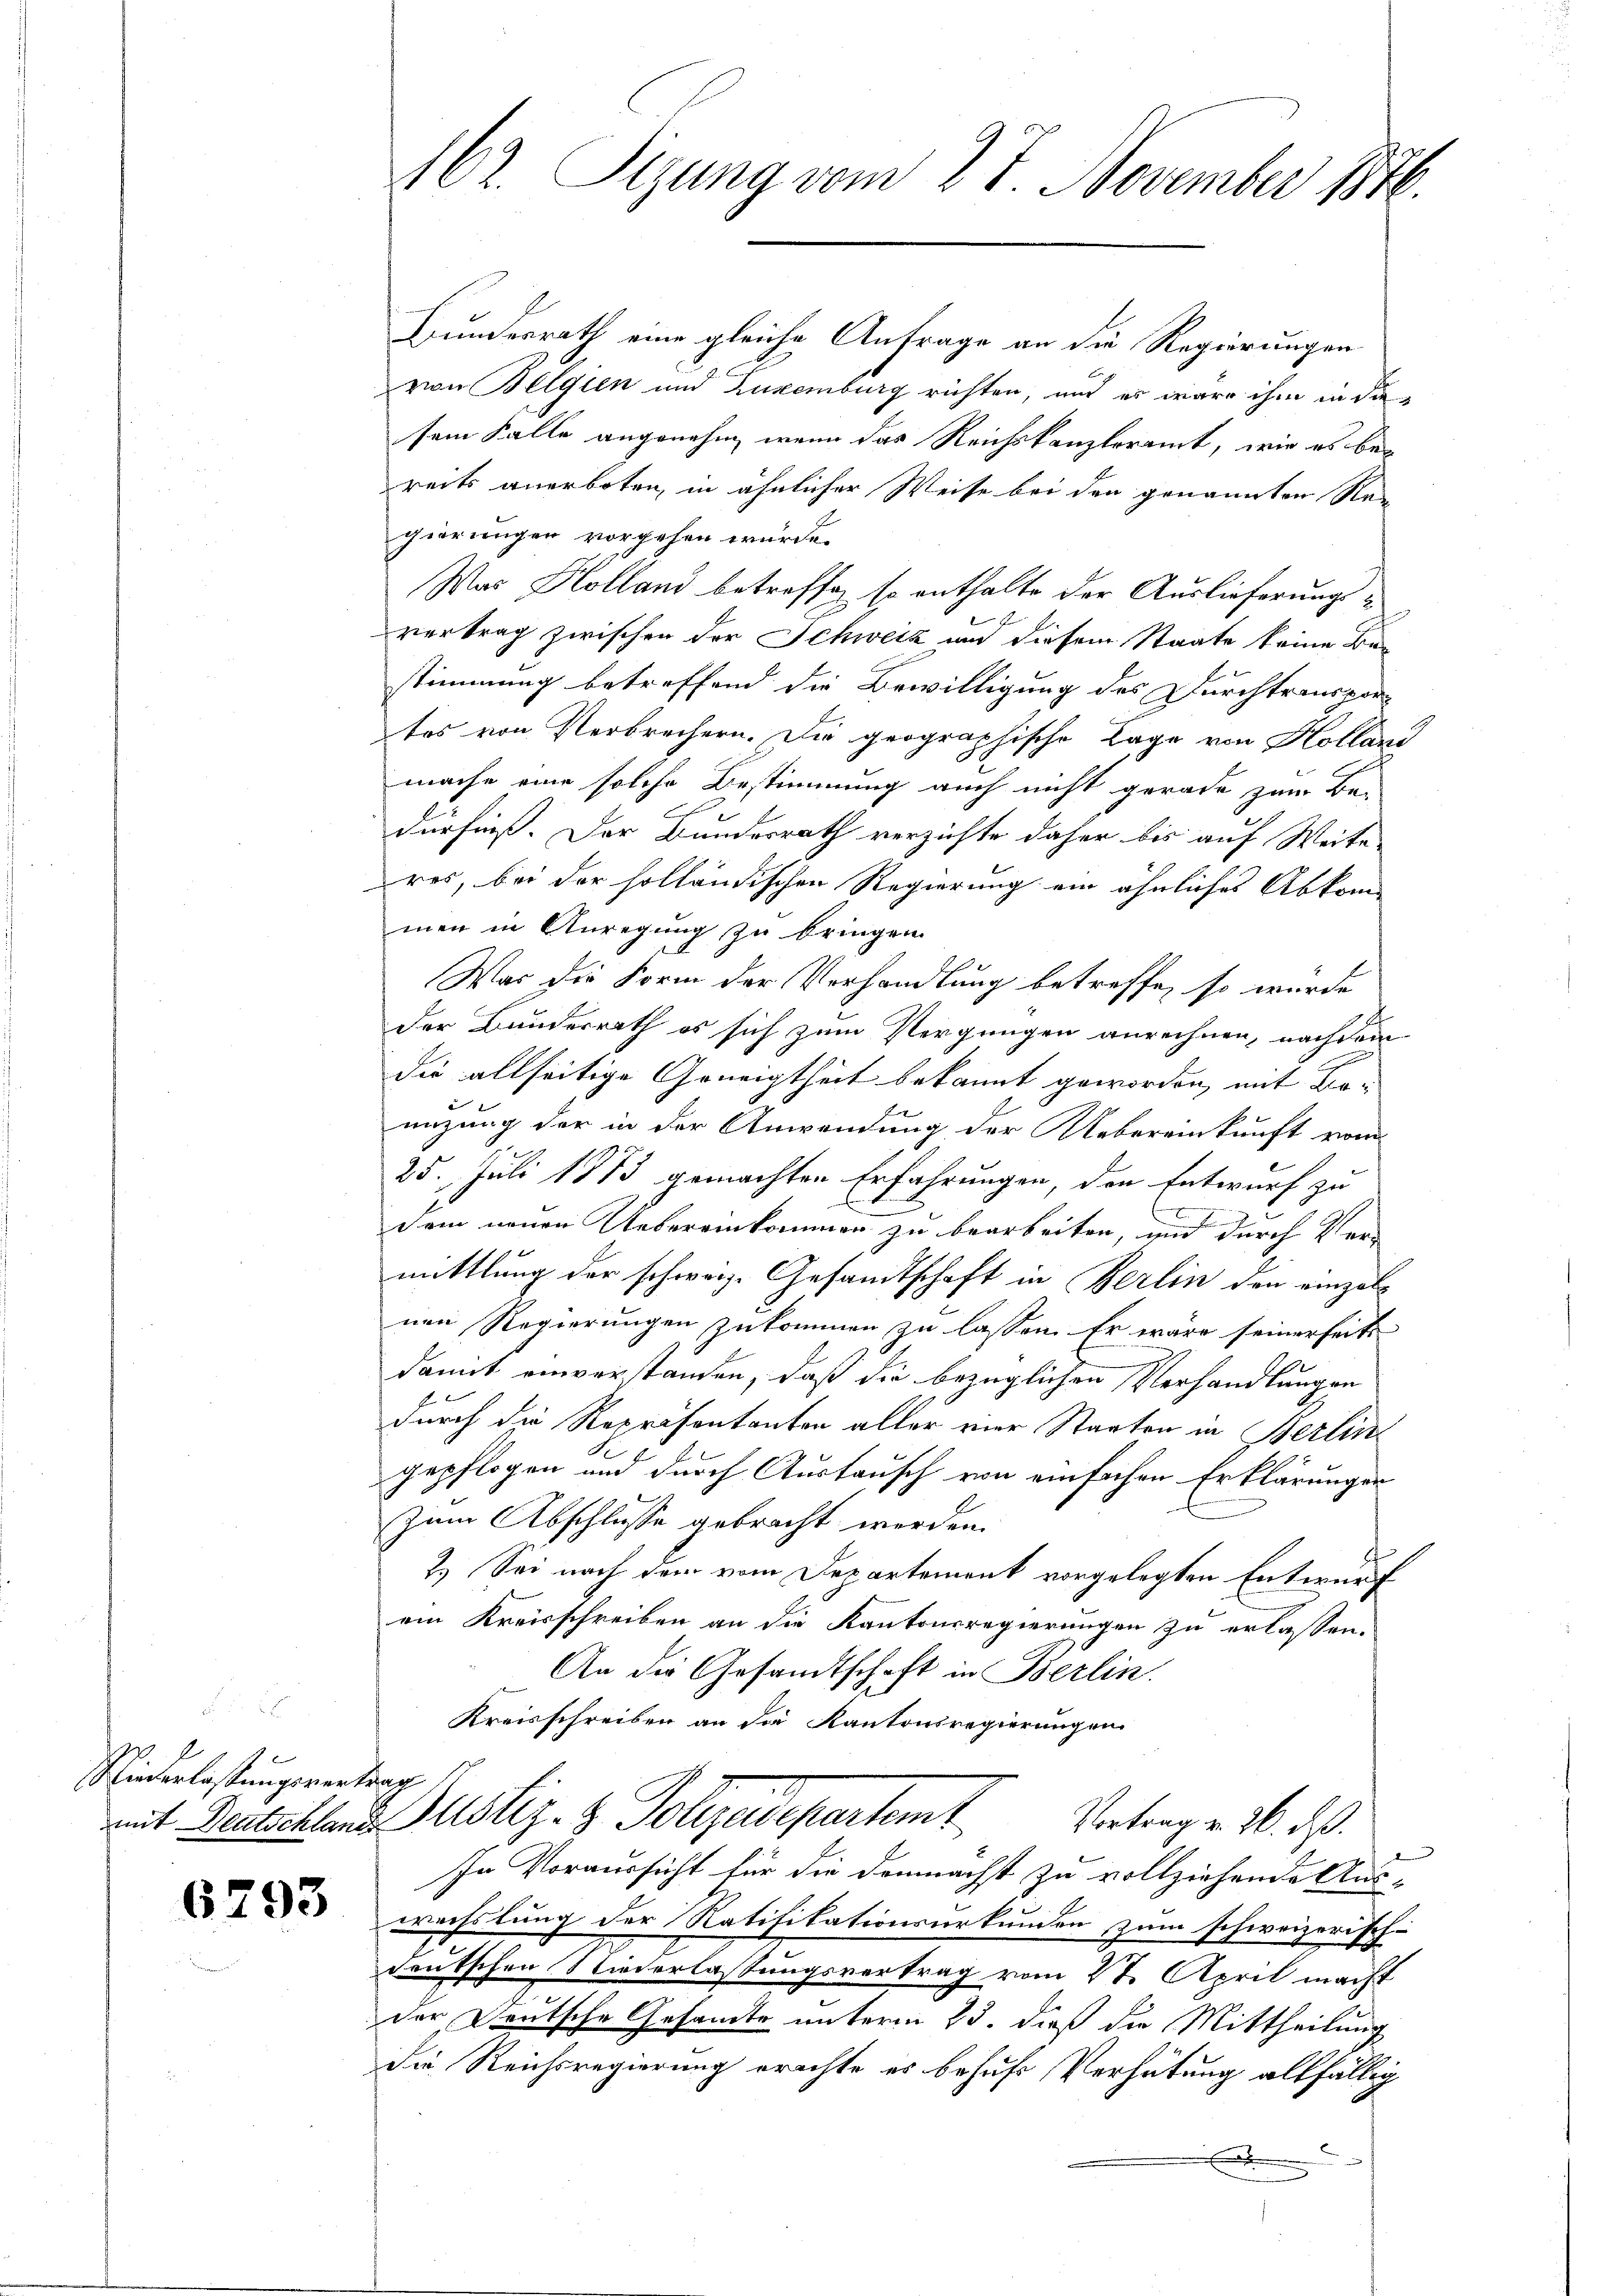
2
Niederlastungsvertrag

6793

162. Sitzung vom 27. November 1846.

Bundesrath eine gleiche Anfrage an die Regierungen
von Belgien und Luxenburg richten, und es wäre ihm in die
sem Falle angenehm, wenn das Reichskanzleramt, wie es bereits anerboten, in ähnlicher Weise bei den genannten Nea
gierungen vorgehen würde.
Was Holland betreffe, so enthalte der Auslieferungsvertrag zwischen der Schweiz und diesem Staate keine Bestimmung betreffend die Bewilligung des Durchtranspor
tes von Verbrechern. Die geographische Lage von Hollani
mache eine solche Bestimmung auch nicht gerade zum Be-
dürfniß. Der Bundesrath verzichte daher bis auf Weite
res, bei der holländischen Regierung ein ähnliches Abkom-
men in Anregung zu bringen.
War die Form der Verhandlung betreffe, so wurde
der Bundesrath es sich zum Vergnügen anrechnen, nachdem
die allseitige Geneigtheit bekannt geworden, mit Boenzung der in der Anwendung der Uebereinkunft vom
25. Juli 1873 gemachten Erfahrungen, den Entwurf zu
dem neuen Uebereinkommen zu bearbeiten, und durch Vermittlung der schweiz. Gesandtschaft in Berlin den einzelnen Regierungen zukommen zu lassen. Er wäre seinerseits
s
damit einverstanden, daß die bezüglichen Verhandlungen
durch die Repräsentanten aller vier Staaten in Berlingepflogen und durch Austausch von einfachen Erklärungen
zum Abschlusse gebracht werden.
2.) Sei nach dem vom Departement vorgelegten Entwurf
ein Kreisschreiben an die Kantonsregierungen zu erlassen.
An die Gesandtschaft in Berlin.
Kreisschreiben an die Kantonsregierungen

mit Deutschland Justiz- & Polizeidepartemt
Vortrag v. 26. ds.

In Voraussicht für die demnächst zu vollziehende Aus-
wechslung der Ratifikationsurkunden zum schweizerisch-
deutschen Niederlassungsvertrag vom 28. April macht
der Deutsche Gesamte unterm 25. dieß die Mittheilung
die Reichsregierung erachte es behufs Verhütung allfällig
.